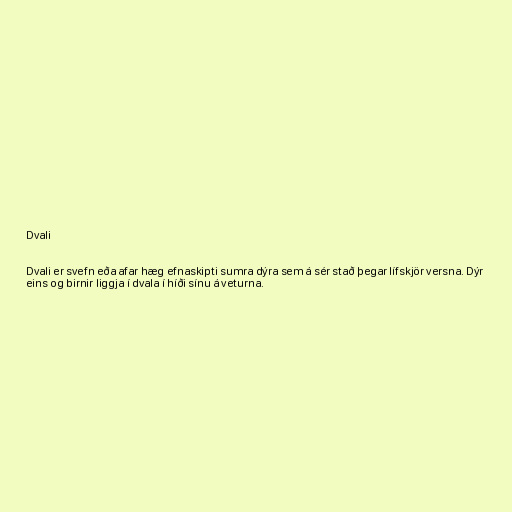
Dvali

Dvali er svefn eða afar hæg efnaskipti sumra dýra sem á sér stað þegar lífskjör versna. Dýr
eins og birnir liggja í dvala í híði sínu á veturna.